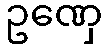
ဥဏှေ